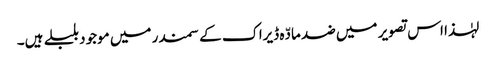
لہٰذا اس تصویر میں ضد مادّہ ڈیراک کے سمندر میں موجود بلبلے ہیں۔